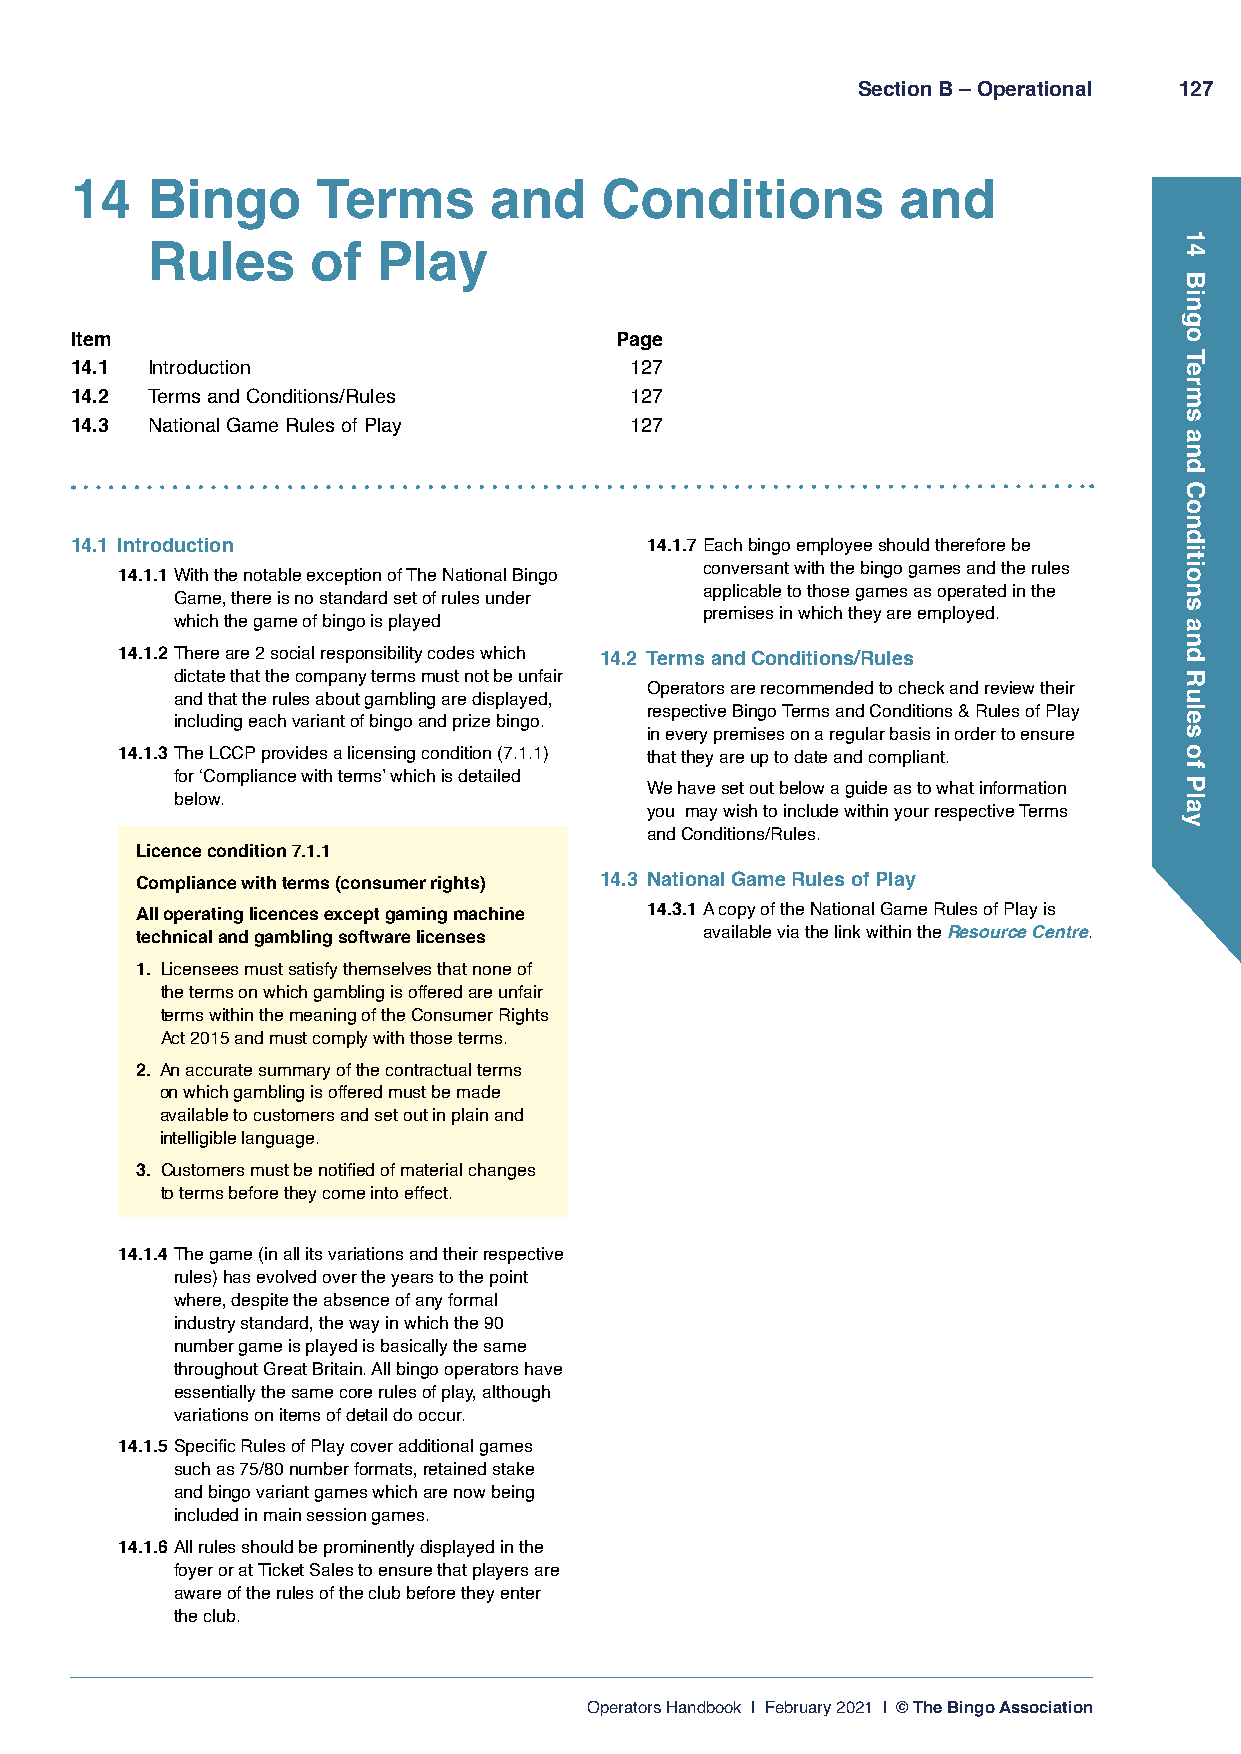
Section B – Operational 127
 14   Bingo      Terms      and     Conditions          and
 Rules      of  Play
 Item                                Page
 14.1 Introduction                    127
 14.2 Terms and Conditions/Rules      127
 14.3 National Game Rules of Play     127
 14.1 Introduction                     14.1.7 Each bingo employee should therefore be
 conversant with the bingo games and the rules
 14.1.1 With the notable exception of The National Bingo
 applicable to those games as operated in the
 Game, there is no standard set of rules under
 premises in which they are employed.
 which the game of bingo is played
 14.1.2 There are 2 social responsibility codes which 14.2 Terms and Conditions/Rules
 dictate that the company terms must not be unfair
 Operators are recommended to check and review their
 and that the rules about gambling are displayed,
 respective Bingo Terms and Conditions & Rules of Play
 including each variant of bingo and prize bingo.
 in every premises on a regular basis in order to ensure
 14.1.3 The LCCP provides a licensing condition (7.1.1) that they are up to date and compliant.
 for ‘Compliance with terms’ which is detailed
 We have set out below a guide as to what information
 below.
 you may wish to include within your respective Terms
 and Conditions/Rules.
 Licence condition 7.1.1
 Compliance with terms (consumer rights) 14.3 National Game Rules of Play
 All operating licences except gaming machine 14.3.1 A copy of the National Game Rules of Play is
 technical and gambling software licenses available via the link within the Resource Centre.
 1. Licensees must satisfy themselves that none of
 the terms on which gambling is offered are unfair
 terms within the meaning of the Consumer Rights
 Act 2015 and must comply with those terms.
 2. An accurate summary of the contractual terms
 on which gambling is offered must be made
 available to customers and set out in plain and
 intelligible language.
 3. Customers must be notified of material changes
 to terms before they come into effect.
 14.1.4 The game (in all its variations and their respective
 rules) has evolved over the years to the point
 where, despite the absence of any formal
 industry standard, the way in which the 90
 number game is played is basically the same
 throughout Great Britain. All bingo operators have
 essentially the same core rules of play, although
 variations on items of detail do occur.
 14.1.5 Specific Rules of Play cover additional games
 such as 75/80 number formats, retained stake
 and bingo variant games which are now being
 included in main session games.
 14.1.6 All rules should be prominently displayed in the
 foyer or at Ticket Sales to ensure that players are
 aware of the rules of the club before they enter
 the club.
 Operators Handbook | February 2021 | © The Bingo Association
 14
 Bingo
 Terms
 and
 Conditions
 and
 Rules
 of
 Play